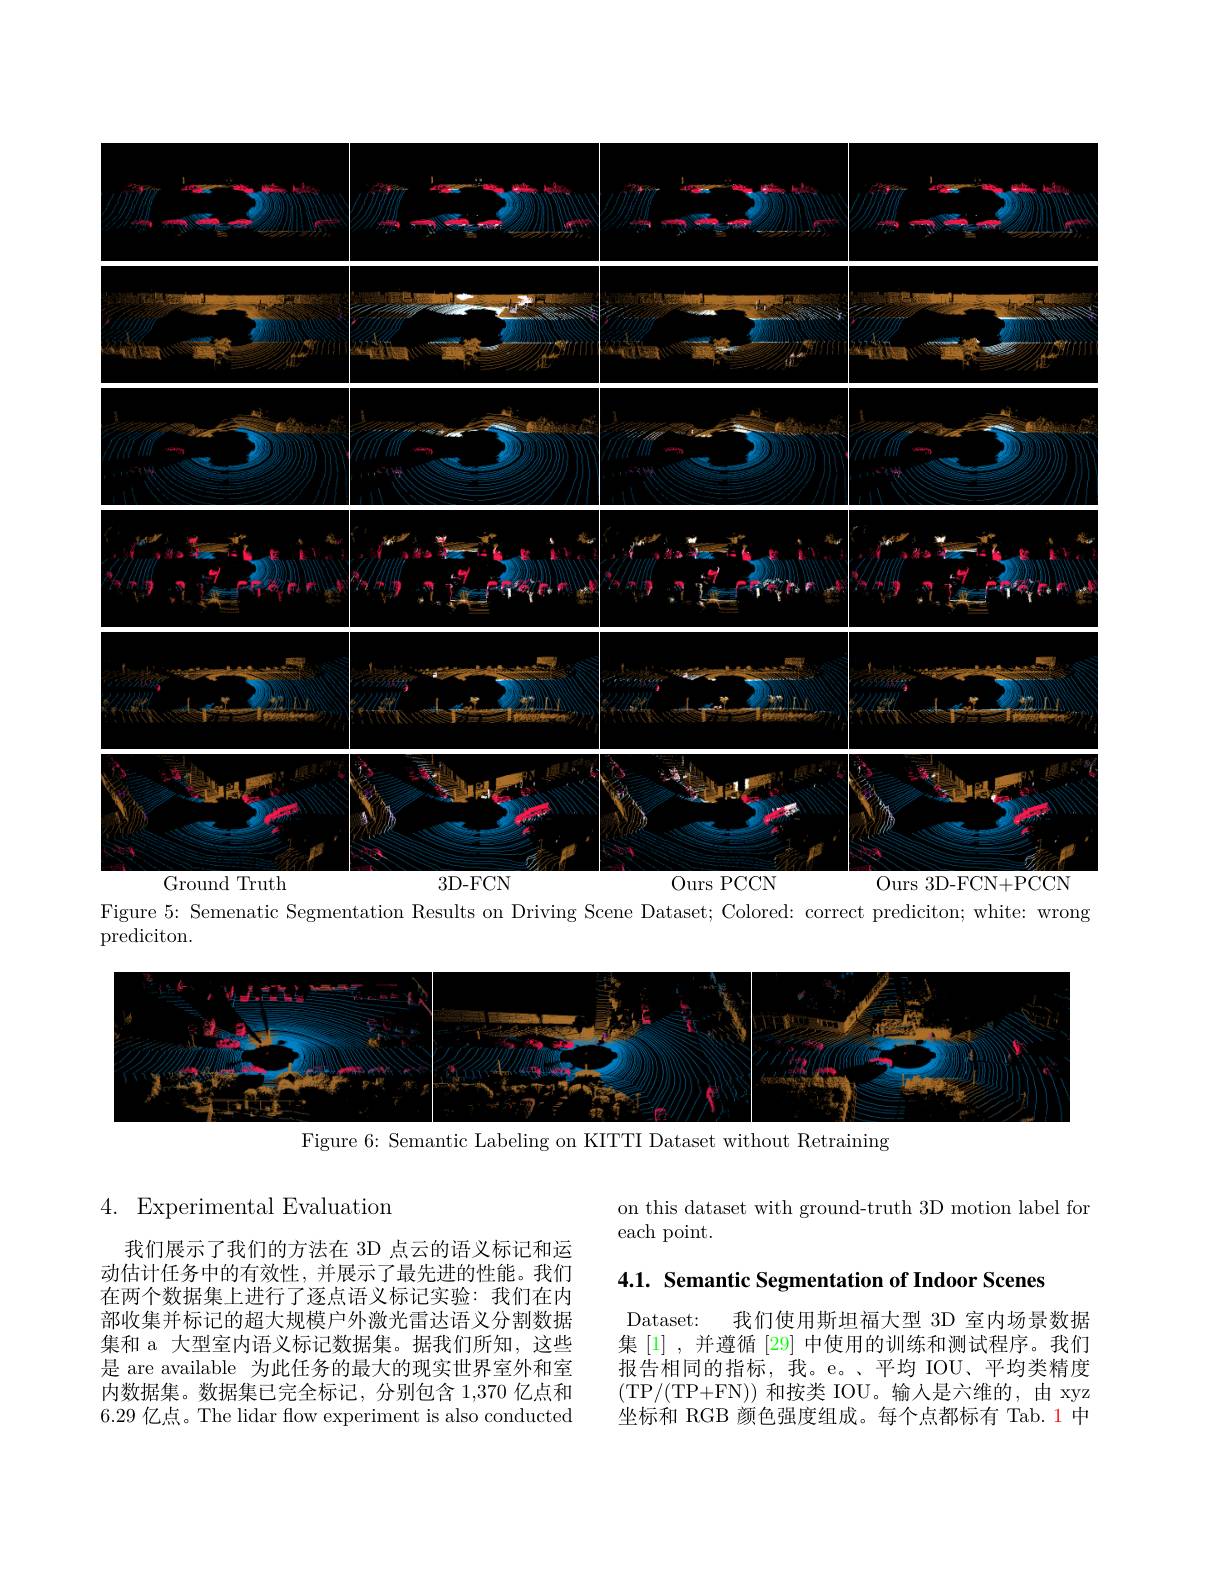
<FigureHere>
Figure 5: Semenatic Segmentation Results on Driving Scene Dataset; Colored: correct prediciton; white: wrong

$\bar{\mathrm{prediciton.}}$

<FigureHere>
Figure 6: Semantic Labeling on KITTI Dataset without Retraining

4. Experimental Evaluation

我们展示了我们的方法在 3D 点云的语义标记和运动估计任务中的有效性，并展示了最先进的性能。我们在两个数据集上进行了逐点语义标记实验：我们在内部收集并标记的超大规模户外激光雷达语义分割数据集和 a 大型室内语义标记数据集。据我们所知，这些是 are available 为此任务的最大的现实世界室外和室内数据集。数据集已完全标记，分别包含 1,370 亿点和6.29 亿点。The lidar flow experiment is also conducted

on this dataset with ground-truth 3D motion label for
each point.

4.1. Semantic Segmentation of Indoor Scenes

Dataset: 我们使用斯坦福大型 3D 室内场景数据集[1],并遵循[29] 中使用的训练和测试程序。我们报告相同的指标，我。e。、平均 IOU、平均类精度(TP/(TP+FN))和按类 IOU。输入是六维的，由 xyz 坐标和 RGB 颜色强度组成。每个点都标有 Tab.1 中